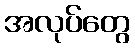
အလုပ်တွေ